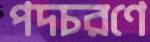
পদচরণে